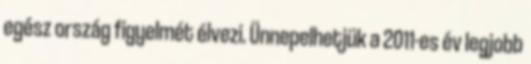
egész ország figyelmét élvezi. Ünnepelhetjük a 2011-es év legjobb